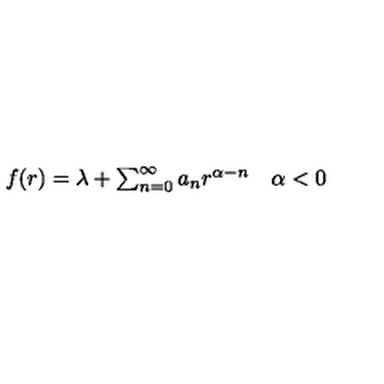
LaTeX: \begin{array} { c c } { f ( r ) = \lambda + \sum _ { n = 0 } ^ { \infty } a _ { n } r ^ { \alpha - n } } & { \alpha < 0 } \\ \end{array}